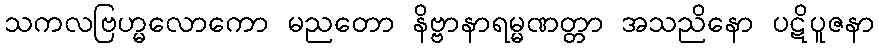
သကလဗြဟ္မလောကော မညတော နိဗ္ဗာနာရမ္မဏတ္တာ အသညိနော ပဋိပူဇနာ